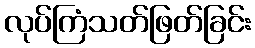
လုပ်ကြံသတ်ဖြတ်ခြင်း